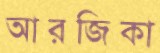
আরজিকা